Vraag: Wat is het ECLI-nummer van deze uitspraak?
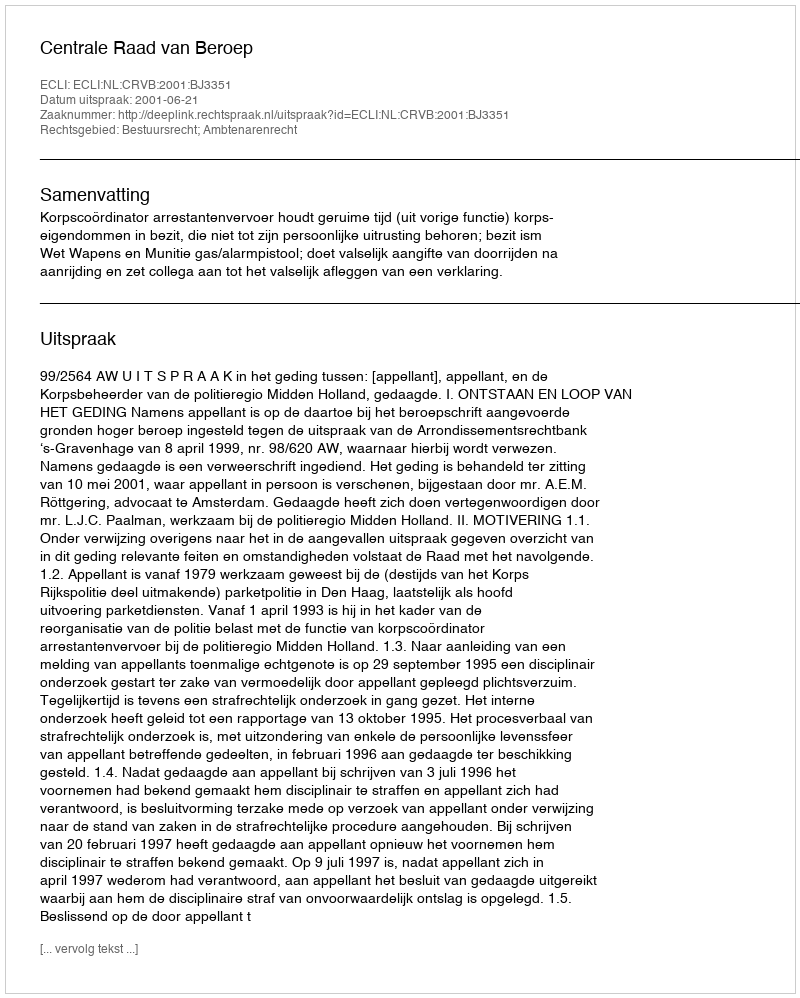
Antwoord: ECLI:NL:CRVB:2001:BJ3351